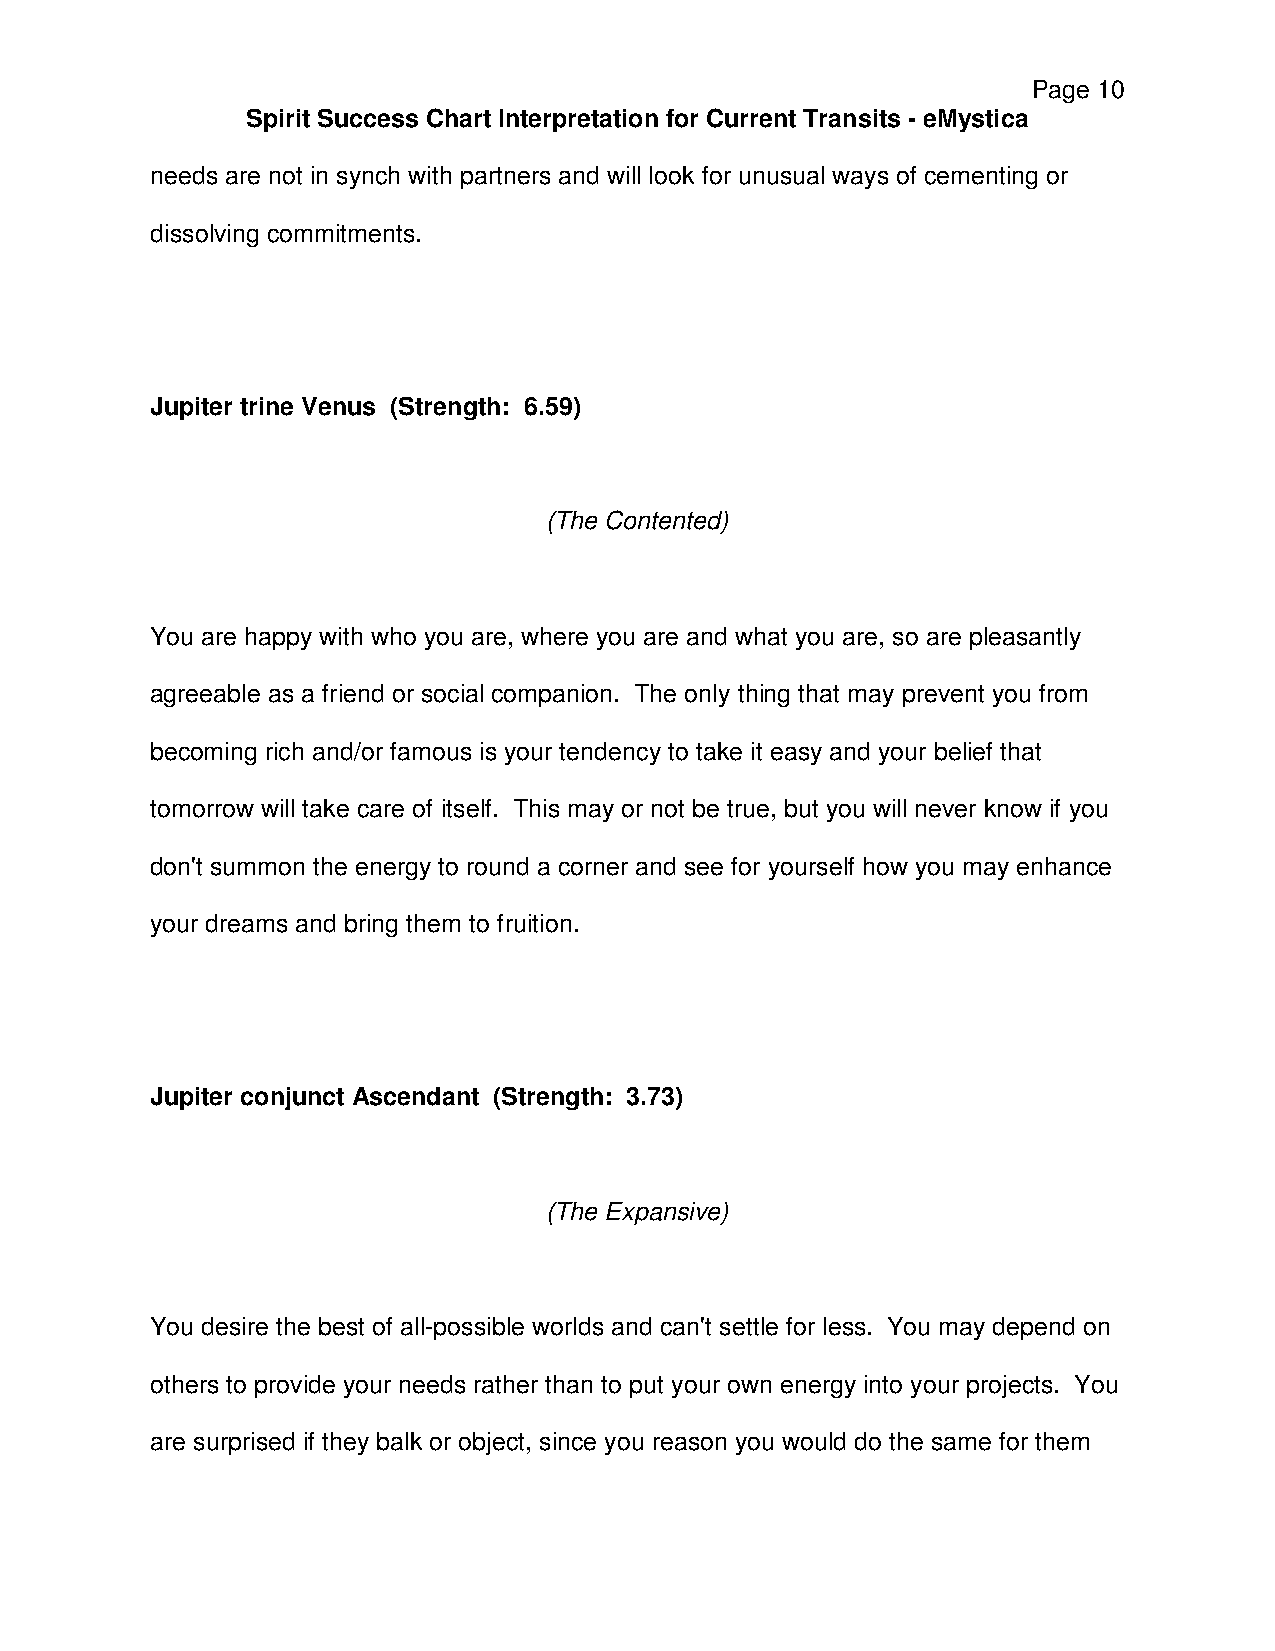
Page 10
 Spirit Success Chart Interpretation for Current Transits - eMystica
 needs are not in synch with partners and will look for unusual ways of cementing or
 dissolving commitments.
 Jupiter trine Venus (Strength: 6.59)
 (The Contented)
 You are happy with who you are, where you are and what you are, so are pleasantly
 agreeable as a friend or social companion. The only thing that may prevent you from
 becoming rich and/or famous is your tendency to take it easy and your belief that
 tomorrow will take care of itself. This may or not be true, but you will never know if you
 don't summon the energy to round a corner and see for yourself how you may enhance
 your dreams and bring them to fruition.
 Jupiter conjunct Ascendant (Strength: 3.73)
 (The Expansive)
 You desire the best of all-possible worlds and can't settle for less. You may depend on
 others to provide your needs rather than to put your own energy into your projects. You
 are surprised if they balk or object, since you reason you would do the same for them